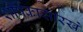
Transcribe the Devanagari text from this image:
शीर्षकासारखे